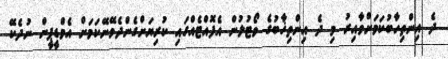
ދެ އިންތިހާބުކަމަށްވާއިރު މި ދެ އިންތިޚާބުގެ ވޯޓުލުން އެފޮއްޓެއްގައި ކުރިޔަށްގެންދެވޭނޭކަމަށް އެމްޑީޕީން ނުދެކޭ